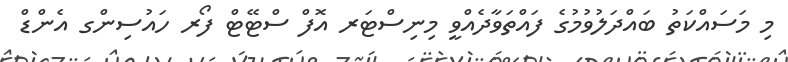
މި މަސައްކަތު ބައްދަލުވުމުގެ ފައްތަވާދެއްވީ މިނިސްޓަރ އޮފް ސްޓޭޓް ފޯރ ހައުސިންގ އެންޑް